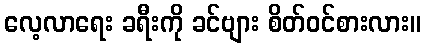
လေ့လာရေး ခရီးကို ခင်ဗျား စိတ်ဝင်စားလား။